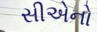
સીએનો